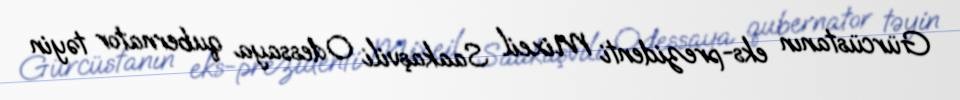
Gürcüstanın eks-prezidenti Mixeil Saakaşvili Odessaya qubernator təyin